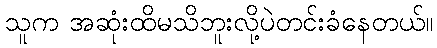
သူက အဆုံးထိမသိဘူးလို့ပဲတင်းခံနေတယ်။